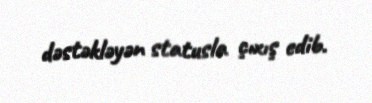
dəstəkləyən statusla çıxış edib.